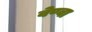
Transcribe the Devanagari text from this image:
वेण्वा